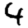
Digit: 4